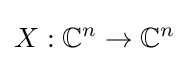
X:\mathbb {C} ^{n}\rightarrow \mathbb {C} ^{n}